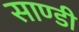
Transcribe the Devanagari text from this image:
साण्‍डी